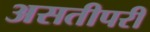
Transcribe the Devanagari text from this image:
असतीपरी